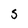
Character: S